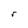
Character: r